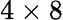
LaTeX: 4\times 8